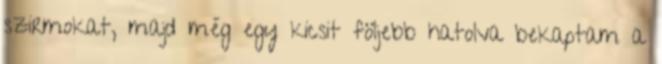
szirmokat, majd még egy kicsit följebb hatolva bekaptam a